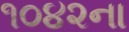
૧૦૪૨ના